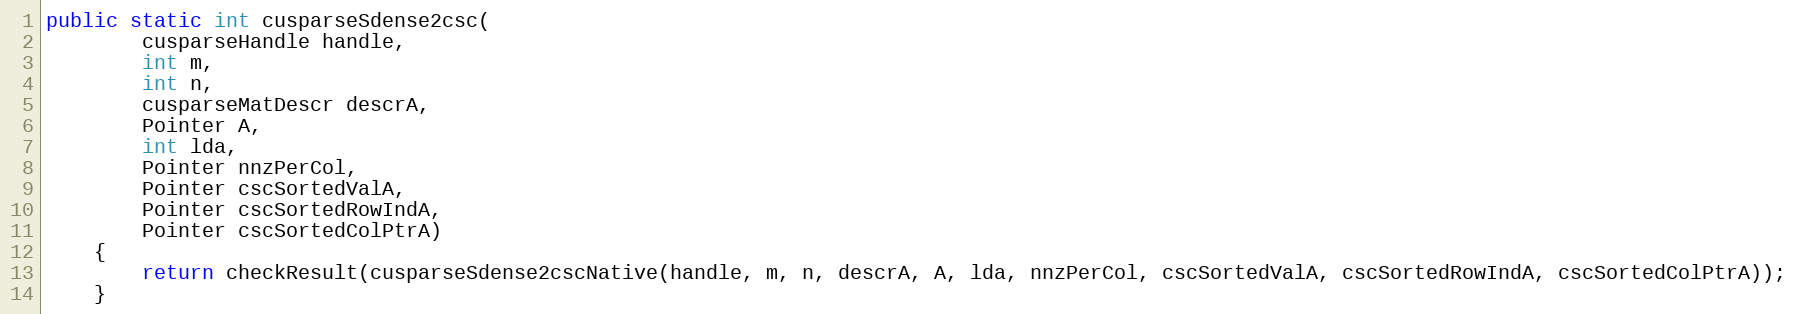
Language: Java
public static int cusparseSdense2csc(
        cusparseHandle handle,
        int m,
        int n,
        cusparseMatDescr descrA,
        Pointer A,
        int lda,
        Pointer nnzPerCol,
        Pointer cscSortedValA,
        Pointer cscSortedRowIndA,
        Pointer cscSortedColPtrA)
    {
        return checkResult(cusparseSdense2cscNative(handle, m, n, descrA, A, lda, nnzPerCol, cscSortedValA, cscSortedRowIndA, cscSortedColPtrA));
    }